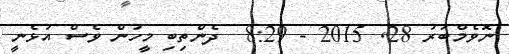
ނޮވެމްބަރު 28